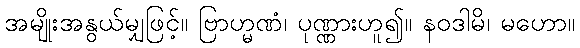
အမျိုးအနွယ်မျှဖြင့်။ ဗြာဟ္မဏံ၊ ပုဏ္ဏားဟူ၍။ နဝဒါမိ၊ မဟော။